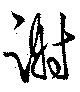
謝